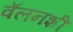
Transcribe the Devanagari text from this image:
वॅलनशी